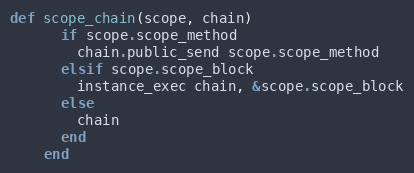
Language: Ruby
def scope_chain(scope, chain)
      if scope.scope_method
        chain.public_send scope.scope_method
      elsif scope.scope_block
        instance_exec chain, &scope.scope_block
      else
        chain
      end
    end